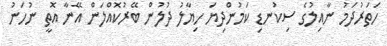
ހަތަރުދަމު ނާއިލުގެ ސިކުނޑި ކަމުންދިޔަ ހިޔާލު ދުލުން ބޭރުކޮއްލަން އޭނާ އޮތީ ނުހަނު